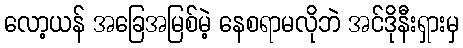
လော့ယန် အခြေအမြစ်မဲ့ နေစရာမလိုဘဲ အင်ဒိုနီးရှားမှ